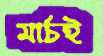
মার্চই